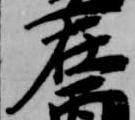
在